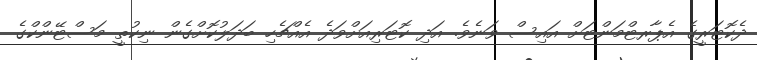
ދެކޮޓަރީގެ އެޕާރޓްމަންޓަށް އައިސް ވަނެވެ. އަދި ކޮޓަރިއަށްވަދެ އެއްޗެހި ބަދަލުކޮށްގެން ނިކުތީ މަސްޓޭންކްގެ